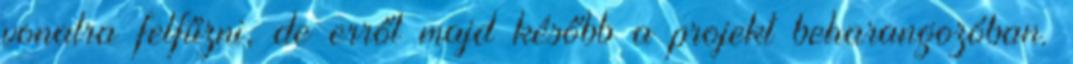
vonalra felfűzni, de erről majd később a projekt beharangozóban.